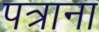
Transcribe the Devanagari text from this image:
पत्राना